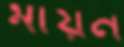
মায়ন